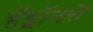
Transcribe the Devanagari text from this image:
हॅड्रॉनचे